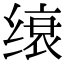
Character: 缞